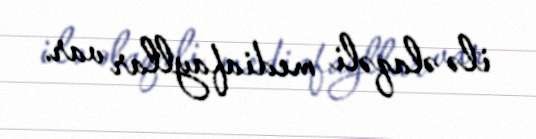
ilə əlaqəli mediafayllar var.